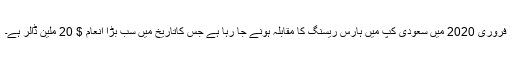
فروری 2020 میں سعودی کپ میں ہارس ریسنگ کا مقابلہ ہونے جا رہا ہے جس کاتاریخ میں سب بڑا انعام $ 20 ملین ڈالر ہے۔